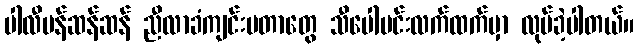
ပါလီမန်ဆန်ဆန် ညီလာခံကျင်းပတာတွေ သီပေါမင်းလက်ထက်မှာ လုပ်ခဲ့ပါတယ်။